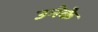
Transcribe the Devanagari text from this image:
उनेके